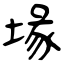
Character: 堟